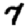
Digit: 7